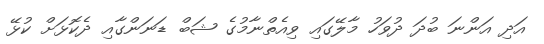
އަދި އަންނަ ބުދަ ދުވަހު މާލޭގައި ވިއެތްނާމުގެ ޝަބް ޑަނަންގާއި ދެކޮޅަށް ކުޅޭ